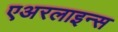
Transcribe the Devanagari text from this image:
एअरलाइन्‍स